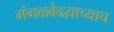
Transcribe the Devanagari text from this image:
मंगळवेढय़ाच्याच